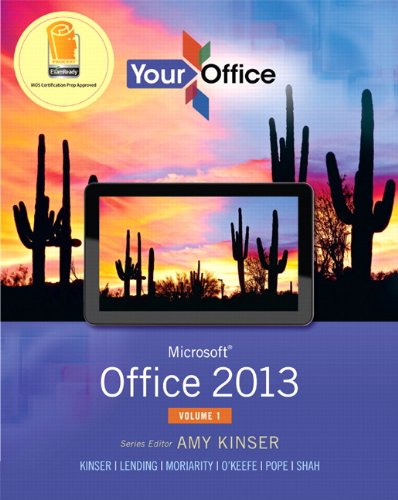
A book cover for Your Office: Microsoft Office 2013, Volume 1 (Your Office for Office 2013); Amy S. Kinser; Computers & Technology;